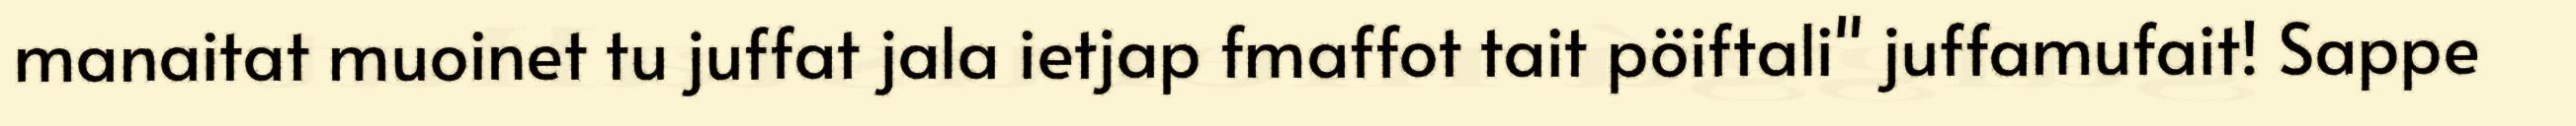
manaitat muoinet tu juffat jala ietjap fmaffot tait pöiftali" juffamufait! Sappe